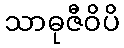
သာဓုဇီဝိပိ